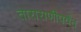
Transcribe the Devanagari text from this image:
ताराराणीपर्यंत